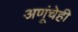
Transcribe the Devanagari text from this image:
अणूंचेही